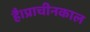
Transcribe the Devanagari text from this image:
है।प्राचीनकाल